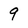
Character: 9